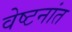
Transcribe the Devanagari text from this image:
वेष्टनांत